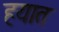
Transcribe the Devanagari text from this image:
हयात